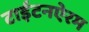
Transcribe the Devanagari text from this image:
टाईटनऐरम